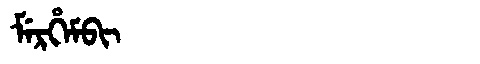
Manchu: ᠮᡝᡵᡥᡝᠮᠪᡳ
Romanization: MERHEMBI